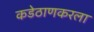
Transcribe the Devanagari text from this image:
कडेठाणकरला